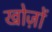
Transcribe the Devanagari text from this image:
खोज़ों